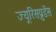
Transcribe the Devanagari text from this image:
ज्यूरिसप्रुडेंस